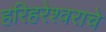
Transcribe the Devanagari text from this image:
हरिहरेश्वराचे